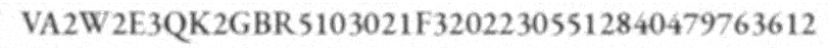
VA2W2E3QK2GBR5103021F32022305512840479763612